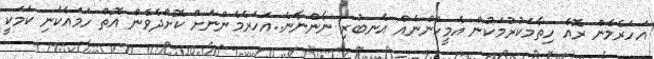
އަހަރެމެން ރޮއެ ހިތާމަކުރުމަކުން އެމީހުންނެއް އެނބުރި ނާންނާނެ..އަހަރެމެންނަށް ކޮށްދެވެން އޮތް ހަމައެކަނި ކަމަކީ